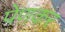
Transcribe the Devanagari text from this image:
पेणकर